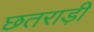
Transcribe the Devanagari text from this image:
छतराड़ी